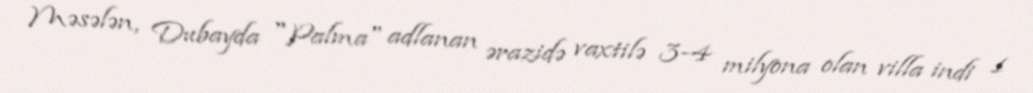
Məsələn, Dubayda "Palma" adlanan ərazidə vaxtilə 3-4 milyona olan villa indi 1